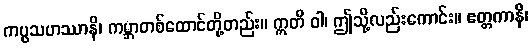
ကပ္ပသဟဿာနိ၊ ကမ္ဘာတစ်ထောင်တို့တည်း။ ဣတိ ဝါ၊ ဤသို့လည်းကောင်း။ ဧတ္တကာနိ၊